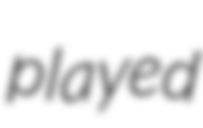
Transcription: played